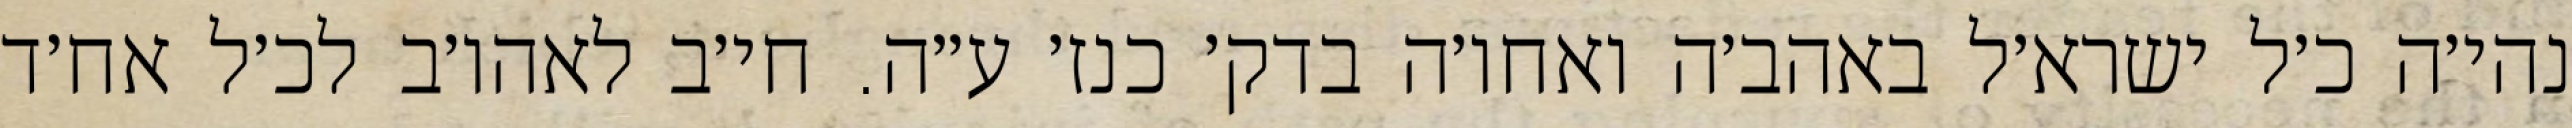
נהי׳ה כ׳ל ישרא׳ל באהב׳ה ואחו׳ה בדק׳ כנז׳ ע״ה. חי׳ב לאהו׳ב לכ׳ל אח׳ד